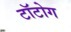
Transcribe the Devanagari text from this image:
टॉटोग